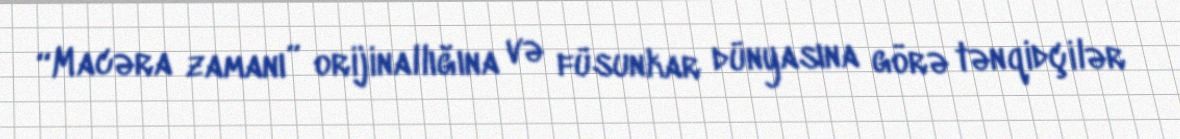
“Macəra zamanı” orijinallığına və füsunkar dünyasına görə tənqidçilər